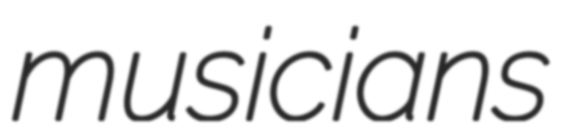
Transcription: musicians